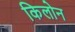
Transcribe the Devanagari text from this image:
किलोन